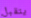
يتقبل